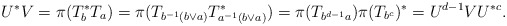
\begin{align*}U^*V=\pi(T_b^*T_a)=\pi(T_{b^{-1}(b\vee a)}T_{a^{-1}(b\vee a)}^*)=\pi(T_{b^{d-1}a})\pi(T_{b^c})^*=U^{d-1}VU^{*c}.\end{align*}